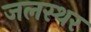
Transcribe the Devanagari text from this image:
जलस्थर